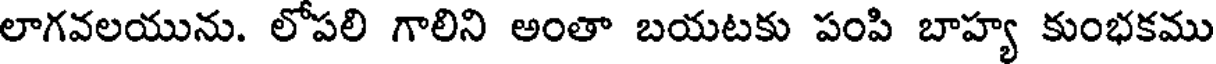
లాగవలయును. లోపలి గాలిని అంతా బయటకు పంపి బాహ్య కుంభకము